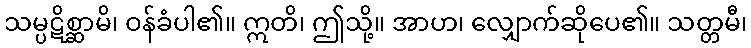
သမ္ပဋိစ္ဆာမိ၊ ဝန်ခံပါ၏။ ဣတိ၊ ဤသို့။ အာဟ၊ လျှောက်ဆိုပေ၏။ သတ္တမီ၊